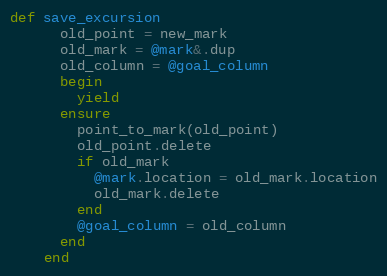
Language: Ruby
def save_excursion
      old_point = new_mark
      old_mark = @mark&.dup
      old_column = @goal_column
      begin
        yield
      ensure
        point_to_mark(old_point)
        old_point.delete
        if old_mark
          @mark.location = old_mark.location
          old_mark.delete
        end
        @goal_column = old_column
      end
    end